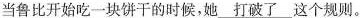
当鲁比开始吃一块饼干的时候,她\underline{打破了}这个规则.